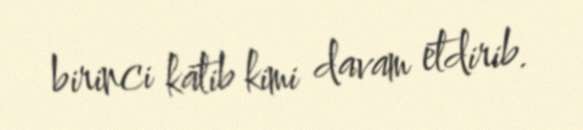
birinci katib kimi davam etdirib.